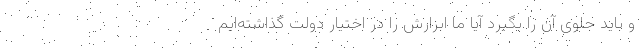
و باید جلوی آن را بگیرد آیا ما ابزارش را در اختیار دولت گذاشته‌ایم